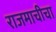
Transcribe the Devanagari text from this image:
राजमाचीचा